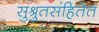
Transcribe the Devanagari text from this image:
सुश्रुतसंहितेत